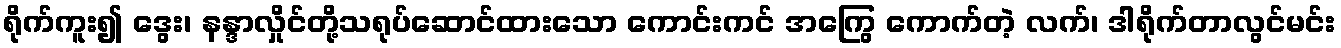
ရိုက်ကူး၍ ဒွေး၊ နန္ဒာလှိုင်တို့သရုပ်ဆောင်ထားသော ကောင်းကင် အကြွေ ကောက်တဲ့ လက်၊ ဒါရိုက်တာလွင်မင်း